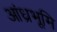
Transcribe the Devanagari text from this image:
आंध्रभूमि